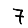
Digit: 7